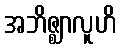
အဘိဇ္ဈာလူဟိ